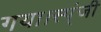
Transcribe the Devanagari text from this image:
गया।स्प्ंजी